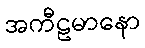
အကီဠမာနော